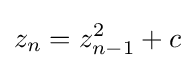
z_{n}=z_{n-1}^{2}+c